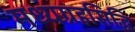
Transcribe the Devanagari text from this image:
मध्यग्रहसिद्धि